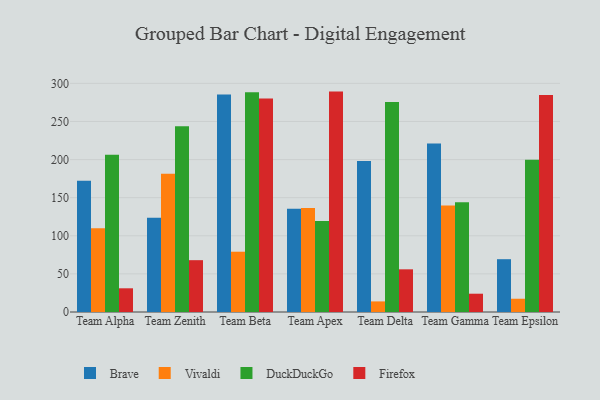
{"axis": {"x": "Team", "y": "Page Views"}, "legend": ["Brave", "DuckDuckGo", "Firefox", "Vivaldi"], "data": [{"x": "Team Alpha", "y": 172.2, "type": "Brave"}, {"x": "Team Alpha", "y": 109.8, "type": "Vivaldi"}, {"x": "Team Alpha", "y": 206.3, "type": "DuckDuckGo"}, {"x": "Team Alpha", "y": 31.1, "type": "Firefox"}, {"x": "Team Zenith", "y": 123.6, "type": "Brave"}, {"x": "Team Zenith", "y": 181.4, "type": "Vivaldi"}, {"x": "Team Zenith", "y": 243.8, "type": "DuckDuckGo"}, {"x": "Team Zenith", "y": 68.0, "type": "Firefox"}, {"x": "Team Beta", "y": 285.4, "type": "Brave"}, {"x": "Team Beta", "y": 79.1, "type": "Vivaldi"}, {"x": "Team Beta", "y": 288.3, "type": "DuckDuckGo"}, {"x": "Team Beta", "y": 280.1, "type": "Firefox"}, {"x": "Team Apex", "y": 135.4, "type": "Brave"}, {"x": "Team Apex", "y": 136.6, "type": "Vivaldi"}, {"x": "Team Apex", "y": 119.4, "type": "DuckDuckGo"}, {"x": "Team Apex", "y": 289.2, "type": "Firefox"}, {"x": "Team Delta", "y": 198.1, "type": "Brave"}, {"x": "Team Delta", "y": 13.9, "type": "Vivaldi"}, {"x": "Team Delta", "y": 275.6, "type": "DuckDuckGo"}, {"x": "Team Delta", "y": 56.0, "type": "Firefox"}, {"x": "Team Gamma", "y": 221.1, "type": "Brave"}, {"x": "Team Gamma", "y": 139.7, "type": "Vivaldi"}, {"x": "Team Gamma", "y": 144.1, "type": "DuckDuckGo"}, {"x": "Team Gamma", "y": 24.0, "type": "Firefox"}, {"x": "Team Epsilon", "y": 69.3, "type": "Brave"}, {"x": "Team Epsilon", "y": 17.4, "type": "Vivaldi"}, {"x": "Team Epsilon", "y": 199.7, "type": "DuckDuckGo"}, {"x": "Team Epsilon", "y": 284.6, "type": "Firefox"}]}